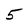
Character: 5